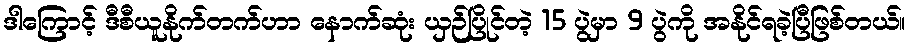
ဒါကြောင့် ဒီစီယူနိုက်တက်ဟာ နောက်ဆုံး ယှဉ်ပြိုင်တဲ့ 15 ပွဲမှာ 9 ပွဲကို အနိုင်ရခဲ့ပြီဖြစ်တယ်။